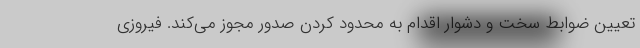
تعیین ضوابط سخت و دشوار اقدام به محدود کردن صدور مجوز می‌کند. فیروزی